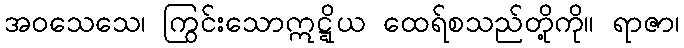
အဝသေသေ၊ ကြွင်းသောဣဋ္ဋိယ ထေရ်စသည်တို့ကို။ ရာဇာ၊